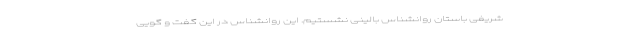
شریفی باستان روانشناس بالینی نشستیم. این روانشناس در این گفت و گویی